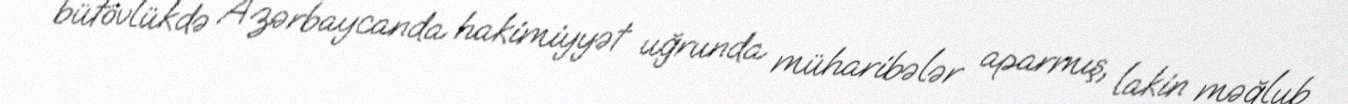
bütövlükdə Azərbaycanda hakimiyyət uğrunda müharibələr aparmış, lakin məğlub